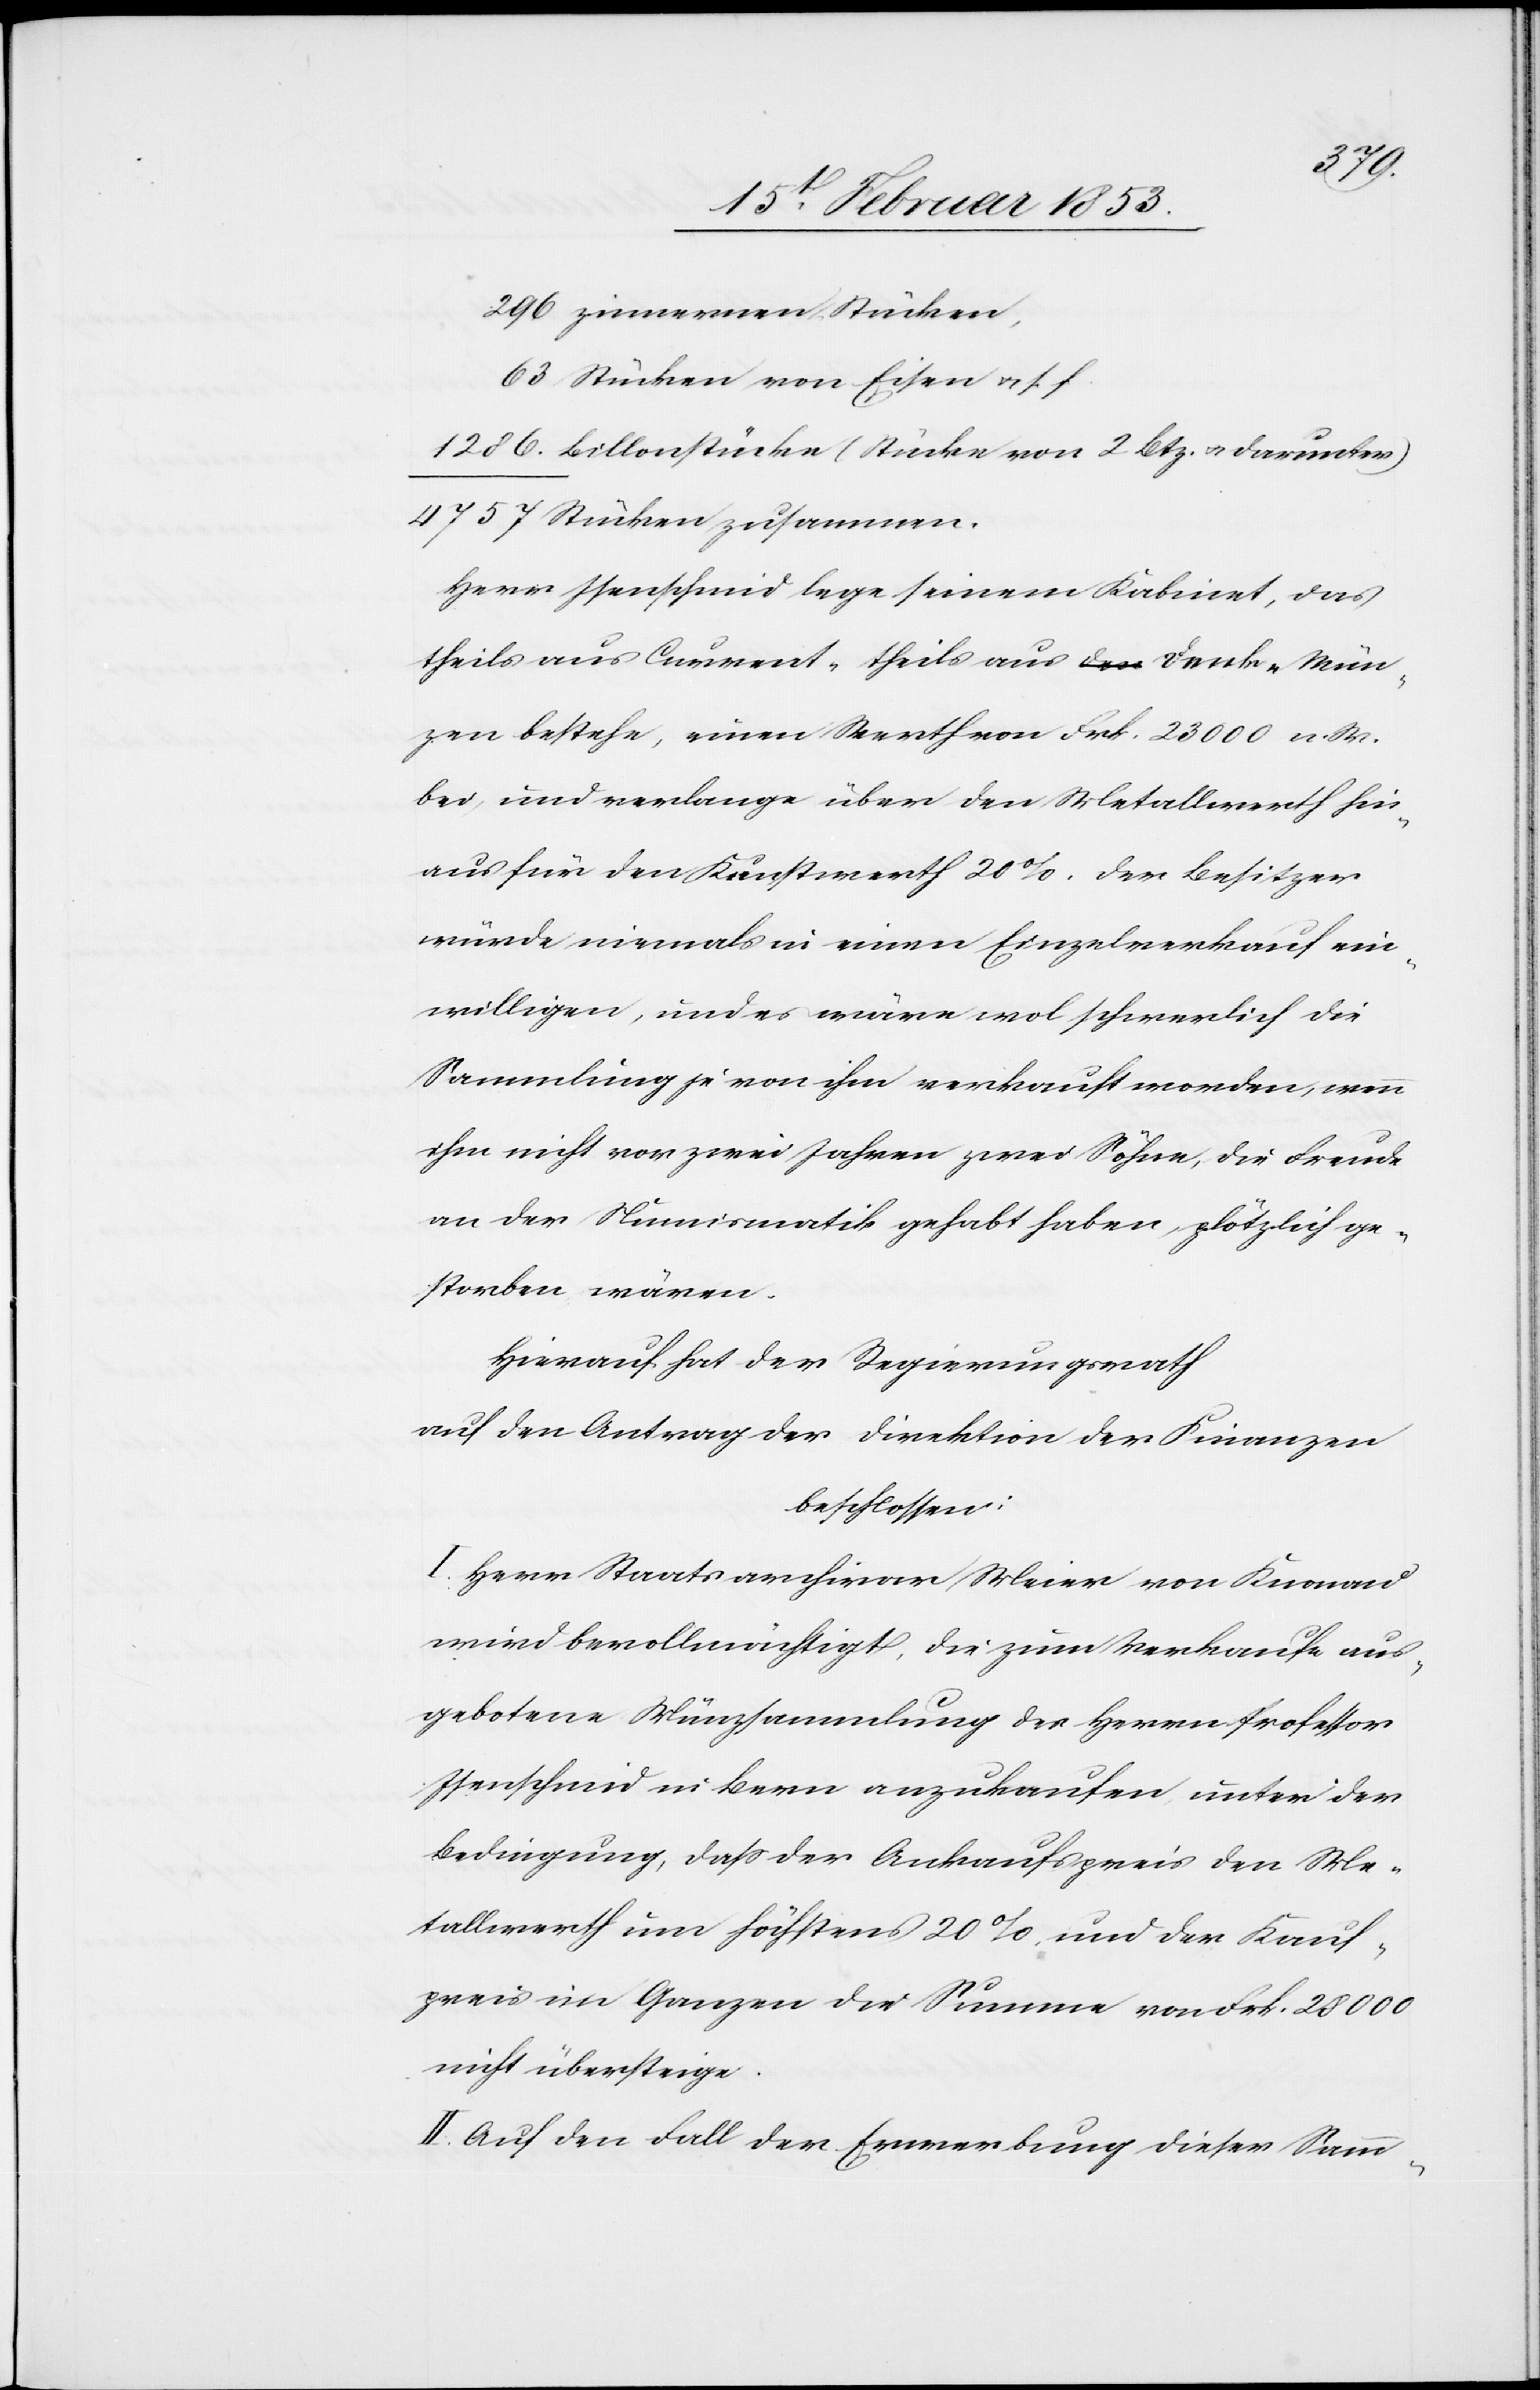
296 zinnernen Stücken,
63 Stücken von Eisen u. s. f.
1286 Billonstücke (Stücke von 2 Btz[en]. u. darunter)
4757 Stücken zusammen.
Herr Isenschmid lege seinem Kabinet, das
theils aus Current- theils aus Lenk-Mün¬
zen bestehe, einen Werth von Frk. 23 000 n. W.
bei, und verlange über den Metallwerth hin¬
aus für den Kunstwerth 20%. Der Besitzer
würde niemals in einen Einzelverkauf ein¬
willigen, und es wäre wol schwerlich die
Sammlung je von ihm verkauft worden, wenn
ihm nicht vor zwei Jahren zwei Söhne, die Freude
an der Numismatik gehabt haben, plötzlich ge¬
storben wären.
Hierauf hat der Regierungsrath
auf den Antrag der Direktion der Finanzen
beschlossen:
I. Herr Staatsarchivar Meier von Knonau
wird bevollmächtigt, die zum Verkaufe aus¬
gebotene Münzsammlung des Herrn Professor
Isenschmid in Bern anzukaufen unter der
Bedingung, daß der Ankaufspreis den S¬
tellenwerth um höchstens 20% und der Kauf¬
preis im Ganzen die Summe von Frk. 28 000
nicht übersteige.
II. Auf den Fall der Erwerbung dieser Samm-